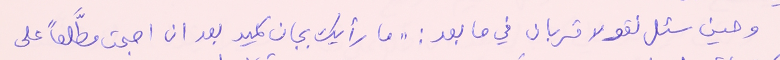
وحين سئل نقولا قربان في ما بعد: " ما رأيك بجان كميد بعد ان اصبحت مطَّلعاً على